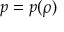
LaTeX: p = p ( \rho )